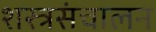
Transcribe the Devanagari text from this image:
शस्त्रसंचालन